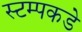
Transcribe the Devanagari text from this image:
स्टम्पकडे